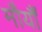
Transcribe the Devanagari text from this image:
मौर्यौं